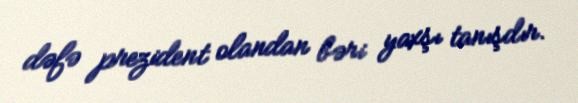
dəfə prezident olandan bəri yaxşı tanışdır.